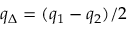
q _ { \Delta } = ( q _ { 1 } - q _ { 2 } ) / 2